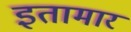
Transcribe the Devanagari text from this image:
इतामार